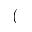
(